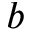
b